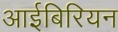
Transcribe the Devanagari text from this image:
आईबिरियन